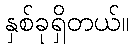
နှစ်ခုရှိတယ်။